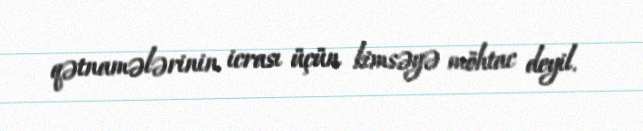
qətnamələrinin icrası üçün kimsəyə möhtac deyil.